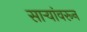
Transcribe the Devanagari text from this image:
साऱ्यांवरून